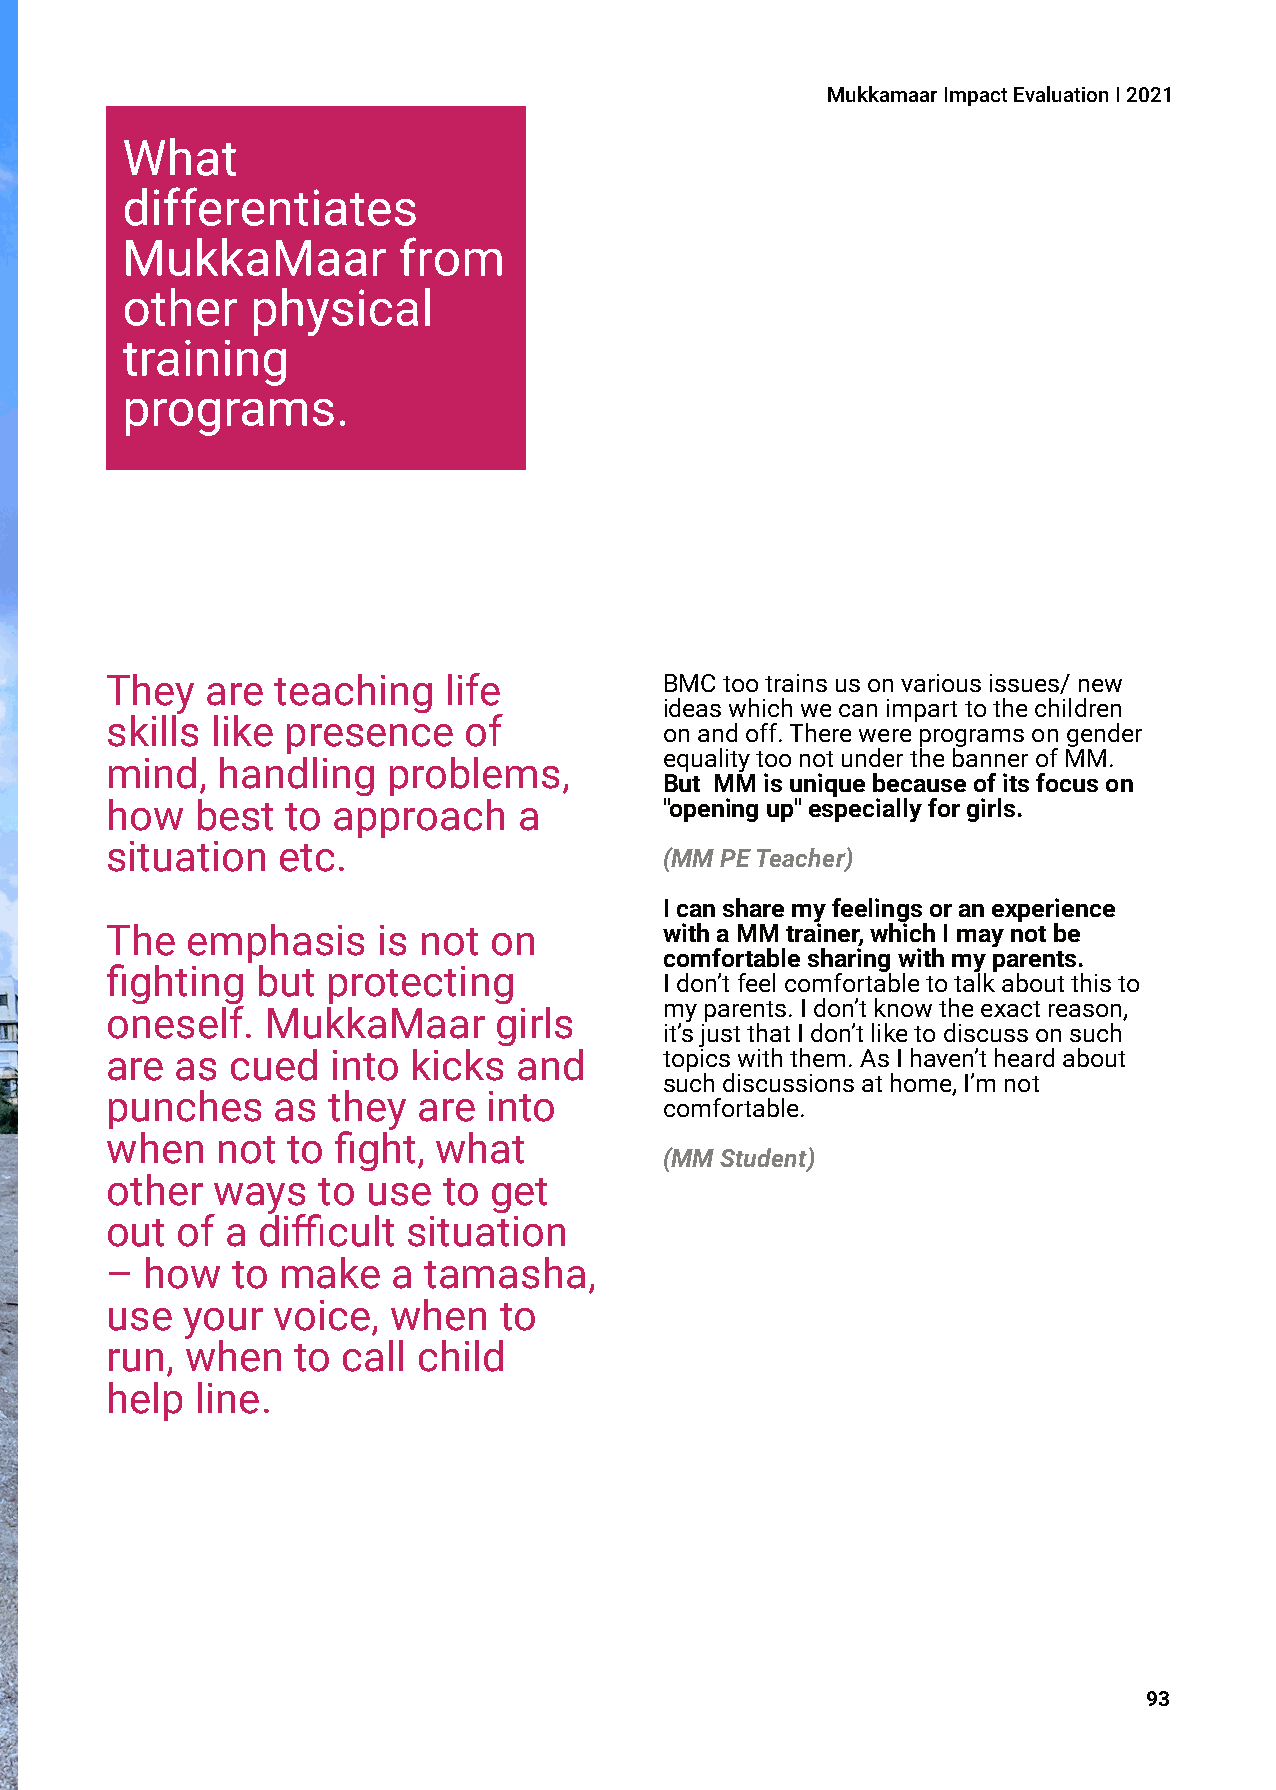
MukkamaarImpactEvaluationI2021
 What
 differentiates
 MukkaMaar         from
 other    physical
 training
 programs.
 They   are teaching   life           BMCtootrainsusonvariousissues/new
 ideaswhichwecanimparttothechildren
 skills like presence    of
 onandoff.Therewereprogramsongender
 equalitytoonotunderthebannerofMM.
 mind,  handling    problems,
 But MMisuniquebecauseofitsfocuson
 how   best  to approach    a         "openingup"especiallyforgirls.
 situation  etc.
 (MMPETeacher)
 Icansharemyfeelingsoranexperience
 The  emphasis     is not on          withaMMtrainer,whichImaynotbe
 comfortablesharingwithmyparents.
 fighting  but  protecting
 Idon’tfeelcomfortabletotalkaboutthisto
 myparents.Idon’tknowtheexactreason,
 oneself.   MukkaMaar      girls
 it’sjustthatIdon’tliketodiscussonsuch
 are  as cued   into kicks  and       topicswiththem.AsIhaven’theardabout
 suchdiscussionsathome,I’mnot
 punches    as  they  are into
 comfortable.
 when   not  to fight, what
 (MMStudent)
 other  ways   to use  to get
 out  of a difficult situation
 –  how  to  make   a tamasha,
 use  your  voice,  when   to
 run, when   to  call child
 help  line.
 93